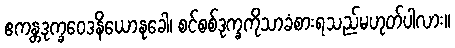
ဧကန္တဒုက္ခဝေဒနိယောနုခေါ၊ စင်စစ်ဒုက္ခကိုသာခံစားရသည်မဟုတ်ပါလား။